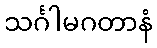
သင်္ဂါမဂတာနံ